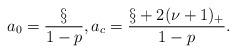
LaTeX: \begin{align*}a_0=\frac{\S}{1-p},a_c=\frac{\S+2(\nu+1)_+}{1-p}.\end{align*}